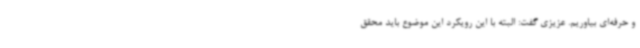
و حرفه‌ای بیاوریم. عزیزی گفت: البته با این رویکرد این موضوع باید محقق